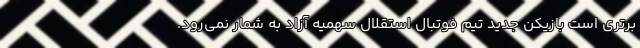
برتری است بازیکن جدید تیم فوتبال استقلال سهمیه آزاد به شمار نمی‌رود.